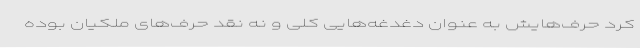
کرد حرف‌هایش به عنوان دغدغه‌هایی کلی و نه نقد حرف‌های ملکیان بوده